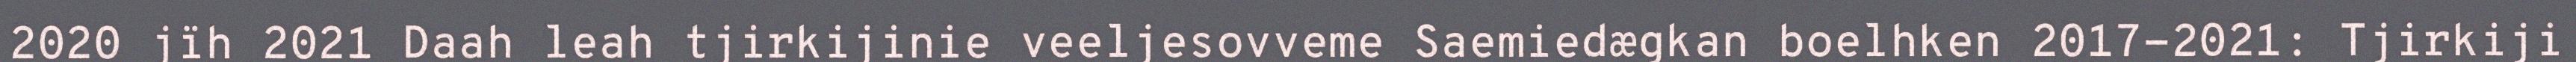
2020 jïh 2021 Daah leah tjirkijinie veeljesovveme Saemiedægkan boelhken 2017-2021: Tjirkiji